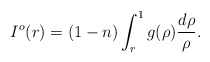
\begin{align*} I^o(r)=(1-n)\int_r^1 g(\rho)\frac{d\rho}{\rho}. \end{align*}